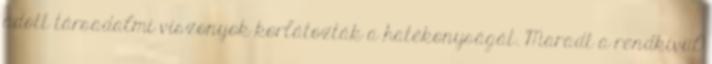
adott társadalmi viszonyok korlátozták a hatékonyságát. Maradt a rendkívül